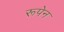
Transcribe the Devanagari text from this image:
रूपेन